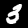
Digit: 3